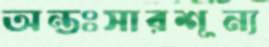
অন্তঃসারশূন্য